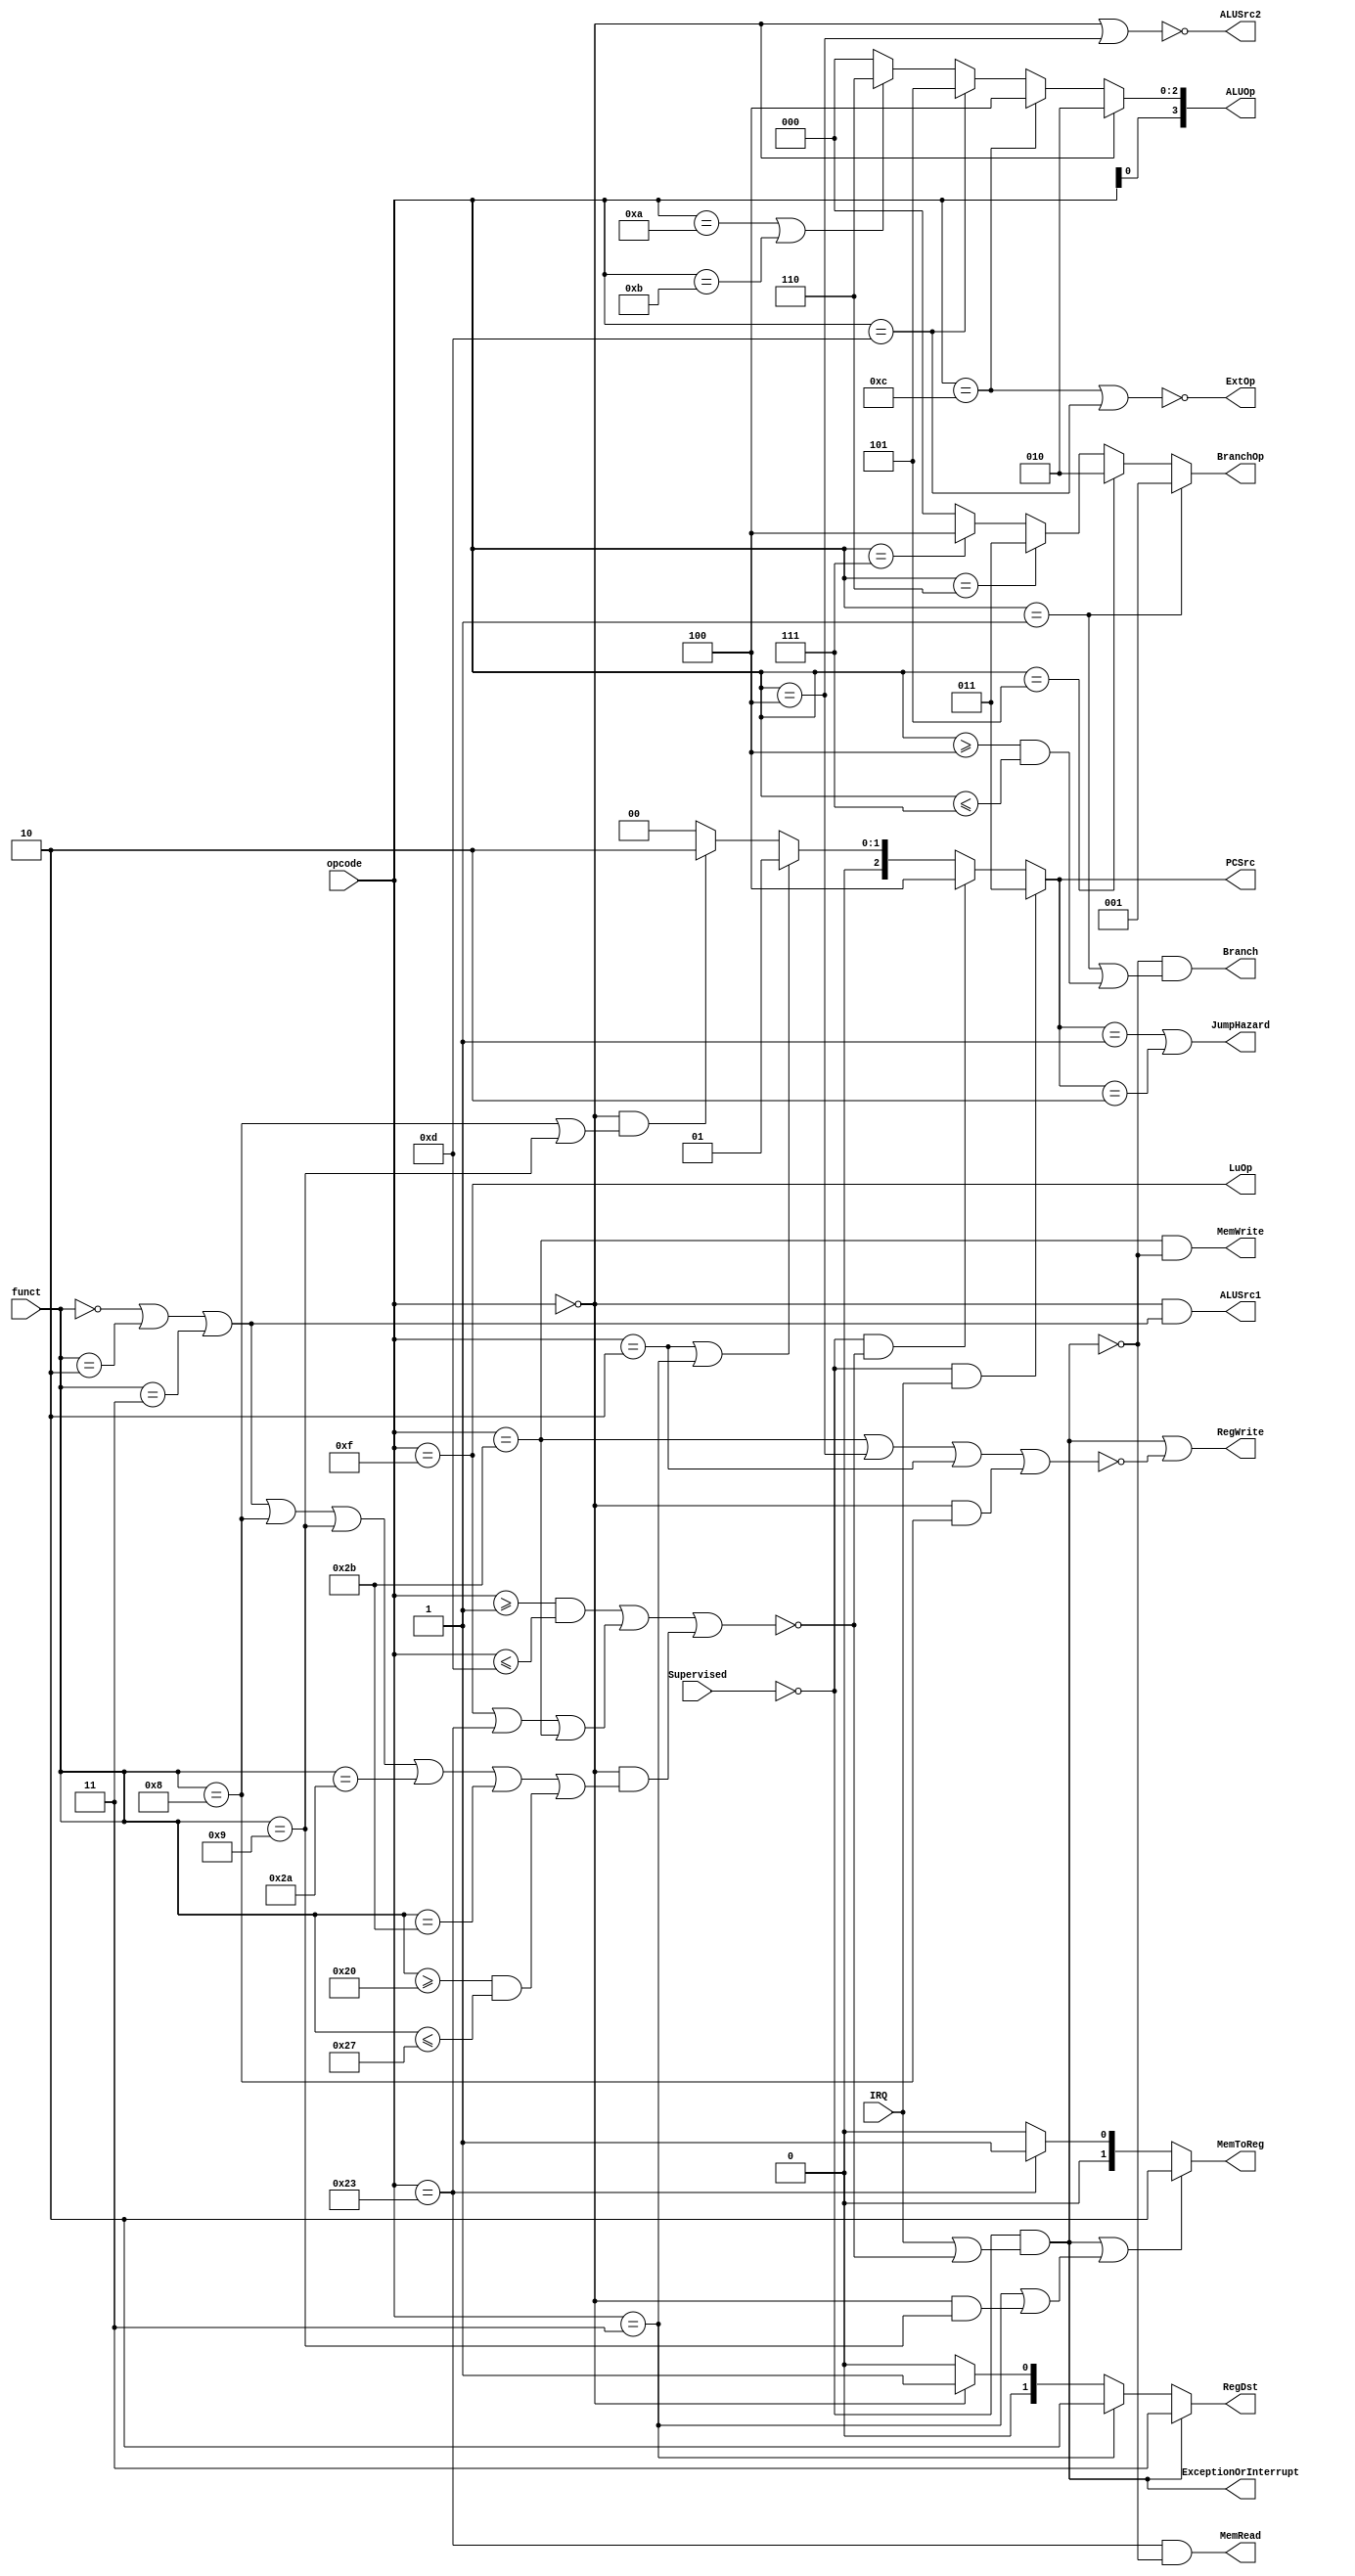
module Control(
         Supervised, IRQ, opcode, funct,
         ExceptionOrInterrupt, JumpHazard,
         PCSrc, RegDst, ExtOp, LuOp,
         Branch, BranchOp, ALUOp, ALUSrc1, ALUSrc2,
         MemRead, MemWrite,
         MemToReg, RegWrite
       );
input Supervised;
input IRQ;
input [5:0] opcode;
input [5:0] funct;

// ID control
output ExceptionOrInterrupt;
output JumpHazard;
output reg [2:0] PCSrc;
output [1:0] RegDst;
output ExtOp;
output LuOp;

// EX control
output Branch;
output [2:0] BranchOp;
output [3:0] ALUOp;
output ALUSrc1;
output ALUSrc2;

// Mem control
output MemRead;
output MemWrite;

// WB control
output [1:0] MemToReg;
output RegWrite;

wire Unsupported =
     ~ ((opcode >= 6'h01 && opcode <= 6'h0d) ||
        (opcode == 6'h0f || opcode == 6'h23 || opcode == 6'h2b) ||
        (opcode == 6'h00 &&
         (funct == 6'h00 ||
          funct == 6'h02 ||
          funct == 6'h03 ||
          funct == 6'h08 ||
          funct == 6'h09 ||
          funct == 6'h2a ||
          funct == 6'h2b ||
          (funct >= 6'h20 && funct <= 6'h27)
         )
        ));

assign ExceptionOrInterrupt = ~Supervised && (IRQ || Unsupported);

assign JumpHazard = PCSrc == 3'b001 || PCSrc == 3'b010;

always @ (*)
  begin
    if (~Supervised && IRQ)
      PCSrc = 3'b011;
    else if (~Supervised && Unsupported)
      PCSrc = 3'b100;
    else
      PCSrc =
        (opcode == 6'h02 || opcode == 6'h03) ? 3'b001 : // j, jal
        (opcode == 6'h00 && (funct == 6'h08 || funct == 6'h09)) ? 3'b010 : // jr, jalr
        3'b000;
  end

assign RegDst[1:0] =
       ExceptionOrInterrupt ? 2'b11 :
       (opcode == 6'h03) ? 2'b10 : // jal
       (opcode == 6'h00) ? 2'b01 : // R-type
       2'b00; // I-type

assign ExtOp = ~(opcode == 6'h0c || opcode == 6'h0d); // andi, ori

assign LuOp = (opcode == 6'h0f);

assign Branch =
       ~ExceptionOrInterrupt &&
       (opcode == 6'h01 || (opcode >= 6'h04 && opcode <= 6'h07));

assign BranchOp[2:0] =
       (opcode == 6'h01) ? 3'b001: // bltz
       (opcode == 6'h05) ? 3'b010: // bne
       (opcode == 6'h06) ? 3'b011: // blez
       (opcode == 6'h07) ? 3'b100: // bgtz
       3'b000; // beq

assign ALUOp[2:0] =
       (opcode == 6'h00) ? 3'b010: // R-type and jr, jalr
       (opcode == 6'h0c) ? 3'b100: // andi
       (opcode == 6'h0d) ? 3'b101: // ori
       (opcode == 6'h0a || opcode == 6'h0b)? 3'b110: // slti or sltiu
       3'b000; // addi, addiu, etc.

assign ALUOp[3] = opcode[0];

assign ALUSrc1 =
       (opcode == 6'h00 && (funct == 6'h00 || funct == 6'h02 || funct == 6'h03));

assign ALUSrc2 =
       ~(opcode == 6'h00 || opcode == 6'h04);

assign MemRead = (opcode == 6'h23) & ~ExceptionOrInterrupt;

assign MemWrite = (opcode == 6'h2b) & ~ExceptionOrInterrupt;

assign MemToReg[1:0] =
       (ExceptionOrInterrupt || (opcode == 6'h03 || (opcode == 6'h00 && funct == 6'h09))) ? 2'b10 :  // next PC
       (opcode == 6'h23) ? 2'b01: // MEM out
       2'b00; // ALU out

assign RegWrite =
       ExceptionOrInterrupt ||
       ~((opcode == 6'h2b || opcode == 6'h04 || opcode == 6'h02) || // not branch or jump
         (opcode == 6'h00 && funct == 6'h08));  // not jr

endmodule